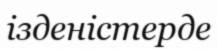
ізденістерде